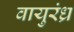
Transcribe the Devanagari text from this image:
वायुरंध्र